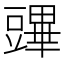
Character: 𧰆